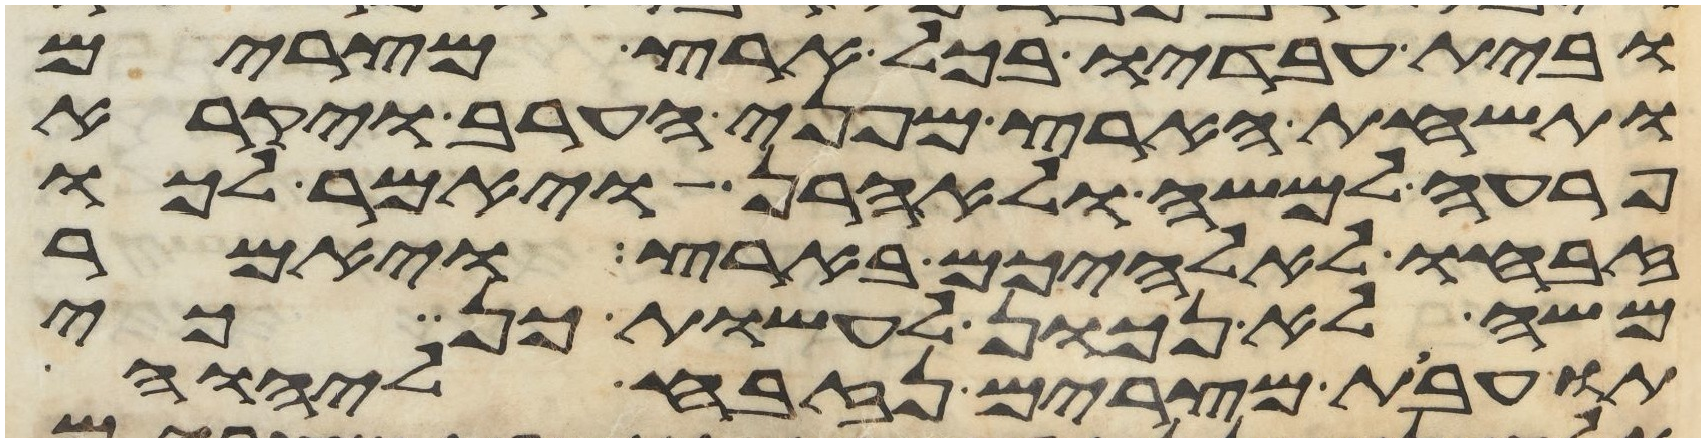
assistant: ובית עבדיו בכל ארץ מצרים
ותשחת הארץ מפני הערב ויקרא
פרעה למשה ולאהרן ויאמר לכו
זבחו לאלהיכם בארץ ויאמר
משה לא נכון לעשות כן כי
תועבת מצרים נזבח ליהוה